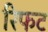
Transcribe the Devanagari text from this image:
रिफट